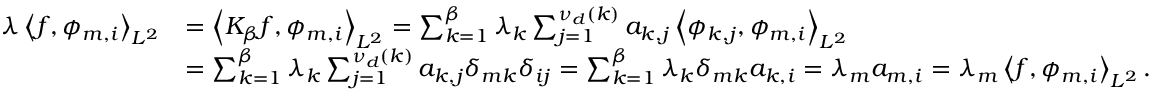
\begin{array} { r l } { \lambda \left\langle f , \phi _ { m , i } \right\rangle _ { L ^ { 2 } } } & { = \left\langle K _ { \beta } f , \phi _ { m , i } \right\rangle _ { L ^ { 2 } } = \sum _ { k = 1 } ^ { \beta } \lambda _ { k } \sum _ { j = 1 } ^ { \nu _ { d } ( k ) } a _ { k , j } \left\langle \phi _ { k , j } , \phi _ { m , i } \right\rangle _ { L ^ { 2 } } } \\ & { = \sum _ { k = 1 } ^ { \beta } \lambda _ { k } \sum _ { j = 1 } ^ { \nu _ { d } ( k ) } a _ { k , j } \delta _ { m k } \delta _ { i j } = \sum _ { k = 1 } ^ { \beta } \lambda _ { k } \delta _ { m k } a _ { k , i } = \lambda _ { m } a _ { m , i } = \lambda _ { m } \left\langle f , \phi _ { m , i } \right\rangle _ { L ^ { 2 } } . } \end{array}